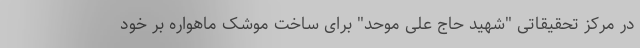
در مرکز تحقیقاتی "شهید حاج علی موحد" برای ساخت موشک ماهواره‌ بَر خود